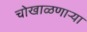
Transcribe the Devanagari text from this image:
चोखाळणाऱ्या